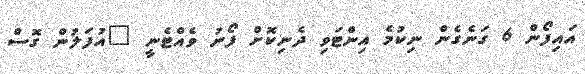
އައިފޯން 6 ގަނެގެން ނިކުމެ އިންޓަވި ދެނިކޮށް ފޯނު ވެއްޓެނީ "އުފަލުން ގޮސް